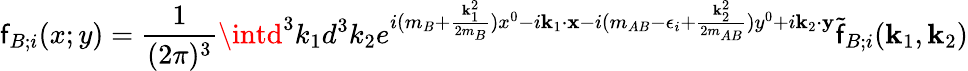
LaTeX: \mathsf{f}_{B;i}(x;y)=\frac{{1}}{{(2\pi)^{3}}}\intd^{3}k_{1}d^{3}k_{2}e^{i(m_{B}+\frac{{{\mathbf{k}}_{1}^{2}}}{{2m_{B}}})x^{0}-i{\mathbf{k}}_{1}\cdot{\mathbf{x}}-i(m_{AB}-\epsilon_{i}+\frac{{{\mathbf{k}}_{2}^{2}}}{{2m_{AB}}})y^{0}+i{\mathbf{k}}_{2}\cdot{\mathbf{y}}}\tilde{{\mathsf{f}}}_{B;i}({\mathbf{k}}_{1},{\mathbf{k}}_{2})